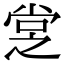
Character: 𡭿